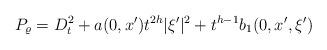
LaTeX: \begin{align*}P_{\varrho}=D_t^2+a(0,x')t^{2h}|\xi'|^2+t^{h-1}b_1(0,x',\xi')\end{align*}